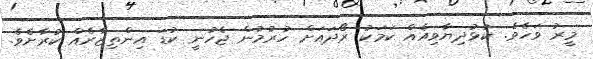
މީރު ވަހެވެ. ކުޅުދިޔާވިއެއް ކަމަކު ރޯދައަށް ހުރުމުން ޖެހުނީ ކުޑަ އިންތިޒާރެއް ކުރާށެވެ.